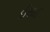
ઈસાઈ